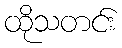
ထိုသတင်း